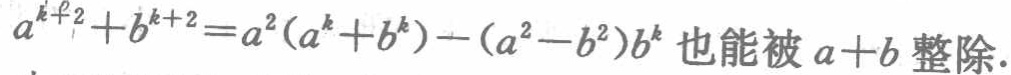
\(a^{k + 2}+b^{k + 2}=a^{2}(a^{k}+b^{k})-(a^{2}-b^{2})b^{k}\) 也能被 \(a + b\) 整除.